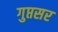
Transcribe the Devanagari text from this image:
गुप्तसर